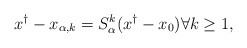
\begin{align*}x^\dagger - x_{\alpha,k} = S_\alpha^k (x^\dagger - x_0)\forall k \geq 1,\end{align*}